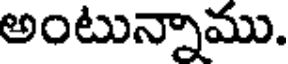
అంటున్నాము.